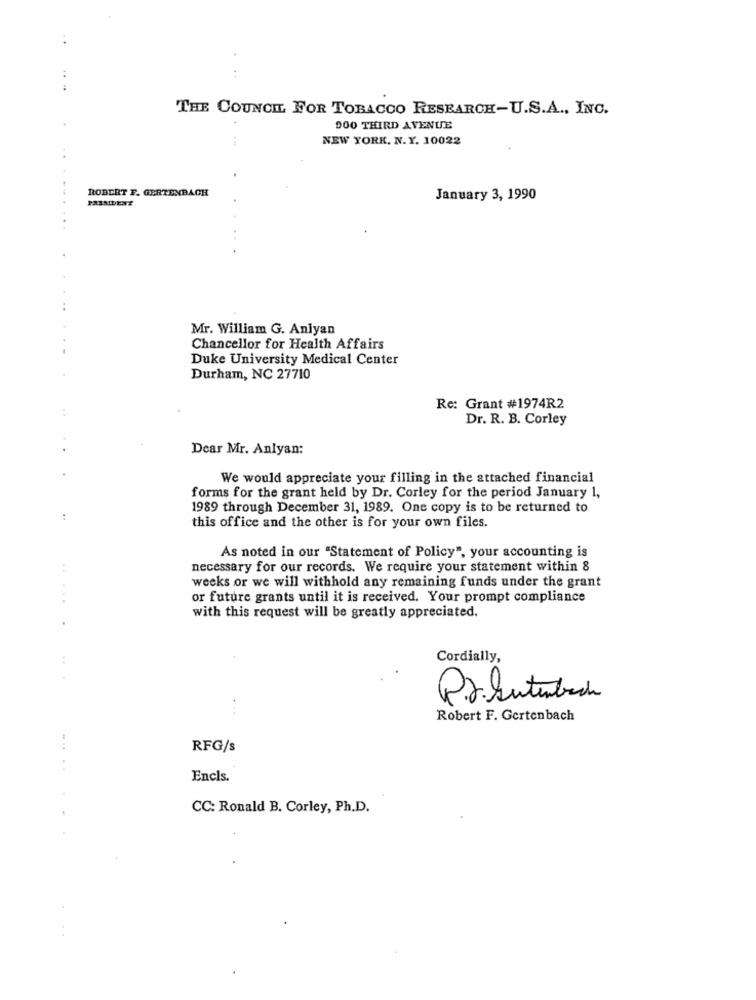
...
THE COUNCIL FOR TOBACCO RESEARCH-U.S.A ., INC.
900 THIRD AVENUE
NEW YORK. N.Y. 10022
..
ROBERT F. GERTENBACH
January 3, 1990
Mr. William G. Aniyan
.......
Chancellor for Health Affairs
Duke University Medical Center
Durham, NC 27710
Re: Grant #1974R2
Dr. R. B. Corley
Dear Mr. Anlyan:
.
We would appreciate your filling in the attached financial
forms for the grant held by Dr. Corley for the period January 1,
1989 through December 31, 1989. One copy is to be returned to
:
this office and the other is for your own files.
As noted in our "Statement of Policy", your accounting is
necessary for our records. We require your statement within 8
weeks or we will withhold any remaining funds under the grant
....
or future grants until it is received. Your prompt compliance
..
.
with this request will be greatly appreciated.
Cordially,
..
Pr. kutuback
...
Robert F. Gertenbach
RFG/s
.....
Encls.
CC: Ronald B. Corley, Ph.D.